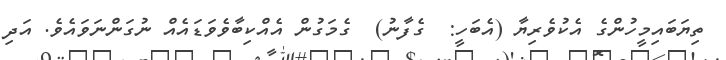
ތިޔަބައިމީހުންގެ އެކުވެރިޔާ (އެބަހީ:  ގެފާނު)  ގެމަގުން އެއްކިބާވެވަޑައެއް ނުގަންނަވައެވެ. އަދި